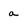
Character: a